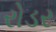
રોડર